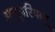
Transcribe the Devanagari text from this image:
अणुपरिमाणू